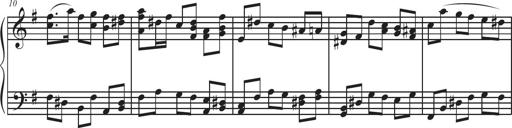
Title: Sonatina Espania
Composer: Jerald Franklin Archer
Key: Various